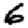
Digit: 6